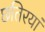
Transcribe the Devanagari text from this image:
छतिरयां